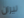
نيران